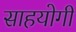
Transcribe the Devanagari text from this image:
साहयोगी